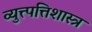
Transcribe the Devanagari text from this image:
व्युत्त्पत्तिशास्त्र